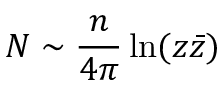
N \sim \frac { n } { 4 \pi } \ln ( z \bar { z } )